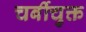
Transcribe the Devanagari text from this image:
चर्बीचुक्त